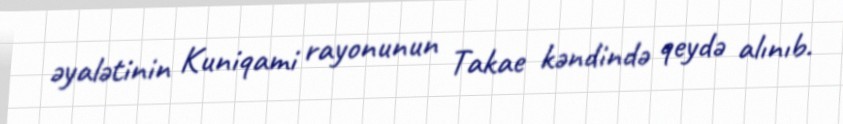
əyalətinin Kuniqami rayonunun Takae kəndində qeydə alınıb.